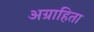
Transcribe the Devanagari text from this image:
अग्राहिता